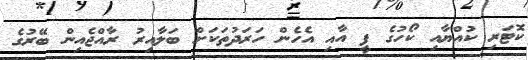
ކޮޓަރި ކުއްޔާއި ކޯހުގެ ފީ އާއި އެހެން ހަރަދުތަކަށް ބަލާއިރު ރާއްޖެއިން ބޭރުގެ